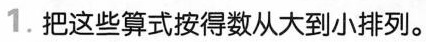
1.把这些算式按得数从大到小排列。464+108 763-108 800-541 389+251